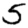
Digit: 5